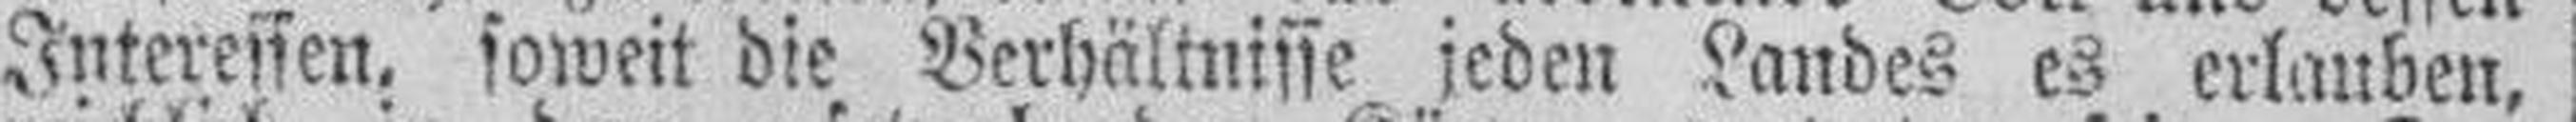
Interessen, soweit die Verhältnisse jeden Landes es erlauben,